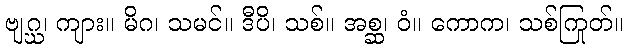
ဗျဂ္ဃ၊ ကျား။ မိဂ၊ သမင်။ ဒီပိ၊ သစ်။ အစ္ဆ၊ ဝံ။ ကောက၊ သစ်ကြုတ်။